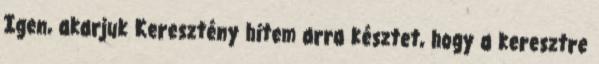
Igen, akarjuk Keresztény hitem arra késztet, hogy a keresztre